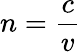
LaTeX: n={\frac{c}{v}}